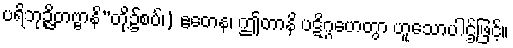
ပရိဘုဉ္ဇိတဗ္ဗာနိ”တို့၌စပ်၊) ဧတေန၊ ဤတာနိ ပဋိဂ္ဂဟေတွာ ဟူသောပါဌ်ဖြင့်။